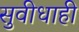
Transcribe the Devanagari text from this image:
सुवीधाही